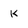
Character: K